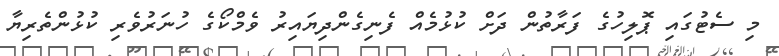
މި ސެޓުގައި ޕޮލިހުގެ ފަރާތުން ދަށް ކުޅުމެއް ފެނިގެންދިޔައިރު ވެމްކޯގެ ހުނަރުވެރި ކުޅުންތެރިޔާ